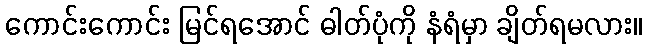
ကောင်းကောင်း မြင်ရအောင် ဓါတ်ပုံကို နံရံမှာ ချိတ်ရမလား။